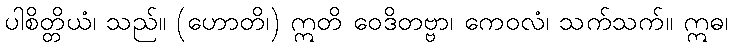
ပါစိတ္တိယံ၊ သည်။ (ဟောတိ၊) ဣတိ ဝေဒိတဗ္ဗာ၊ ကေဝလံ၊ သက်သက်။ ဣဓ၊